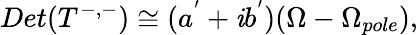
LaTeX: Det(T^{-,-})\cong(a^{'}+\mathit{i}b^{'})(\Omega-\Omega_{pole}),